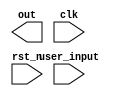
//copilot mean_prob: 0.3870850803497691
//This file was assembled by gen.py, written by redactedAuthorFirstname redactedAuthorLastname.

module fsm(out, user_input, clk, rst_n);

input [2:0] user_input;
input clk, rst_n;
output reg [2:0] out;

reg [1:0] state;

//an FSM where the state is equal to the user input
//-copilot next line-
//copilot mean_prob: 0.3870850803497691

//this is called a precedence graph
always@(posedge clk or negedge rst_n)
    if (!rst_n)
        state <= 0;
    else
    state <= user_input;

endmodule